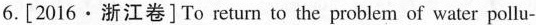
6.[2016·浙江卷]To return to the problem of water pollu-